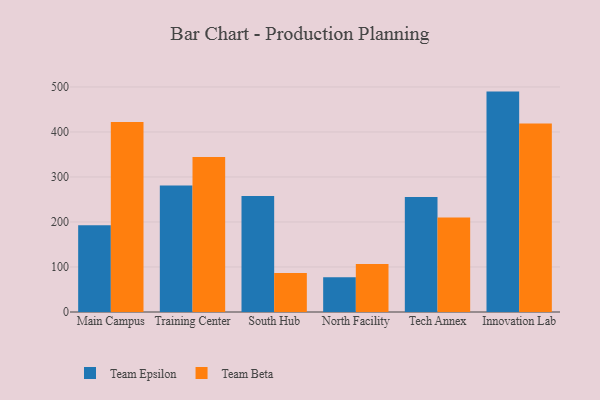
{"axis": {"x": "Campus", "y": "Operating Costs (USD K)"}, "legend": ["Team Beta", "Team Epsilon"], "data": [{"x": "Main Campus", "y": 193.0, "type": "Team Epsilon"}, {"x": "Main Campus", "y": 422.1, "type": "Team Beta"}, {"x": "Training Center", "y": 281.1, "type": "Team Epsilon"}, {"x": "Training Center", "y": 344.3, "type": "Team Beta"}, {"x": "South Hub", "y": 257.8, "type": "Team Epsilon"}, {"x": "South Hub", "y": 86.8, "type": "Team Beta"}, {"x": "North Facility", "y": 77.5, "type": "Team Epsilon"}, {"x": "North Facility", "y": 106.7, "type": "Team Beta"}, {"x": "Tech Annex", "y": 255.8, "type": "Team Epsilon"}, {"x": "Tech Annex", "y": 210.0, "type": "Team Beta"}, {"x": "Innovation Lab", "y": 489.8, "type": "Team Epsilon"}, {"x": "Innovation Lab", "y": 419.1, "type": "Team Beta"}]}